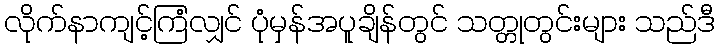
လိုက်နာကျင့်ကြံလျှင် ပုံမှန်အပူချိန်တွင် သတ္တုတွင်းများ သည်ဒီ